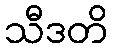
သီဒတိ